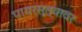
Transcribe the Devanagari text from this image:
पायरस्त्यावर